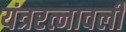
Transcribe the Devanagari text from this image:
यंत्ररत्नावली